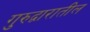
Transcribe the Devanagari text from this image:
गुरुद्वारातील